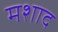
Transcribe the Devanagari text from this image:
मशाद